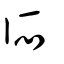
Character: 所